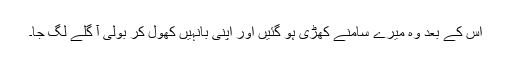
اس کے بعد وہ میرے سامنے کھڑی ہو گئیں اور اپنی بانہیں کھول کر بولی آ گلے لگ جا۔